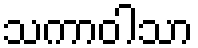
သကာဝါသာ